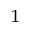
^ 1